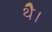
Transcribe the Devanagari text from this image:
थेै।